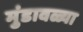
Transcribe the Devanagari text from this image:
मुंडावळ्या